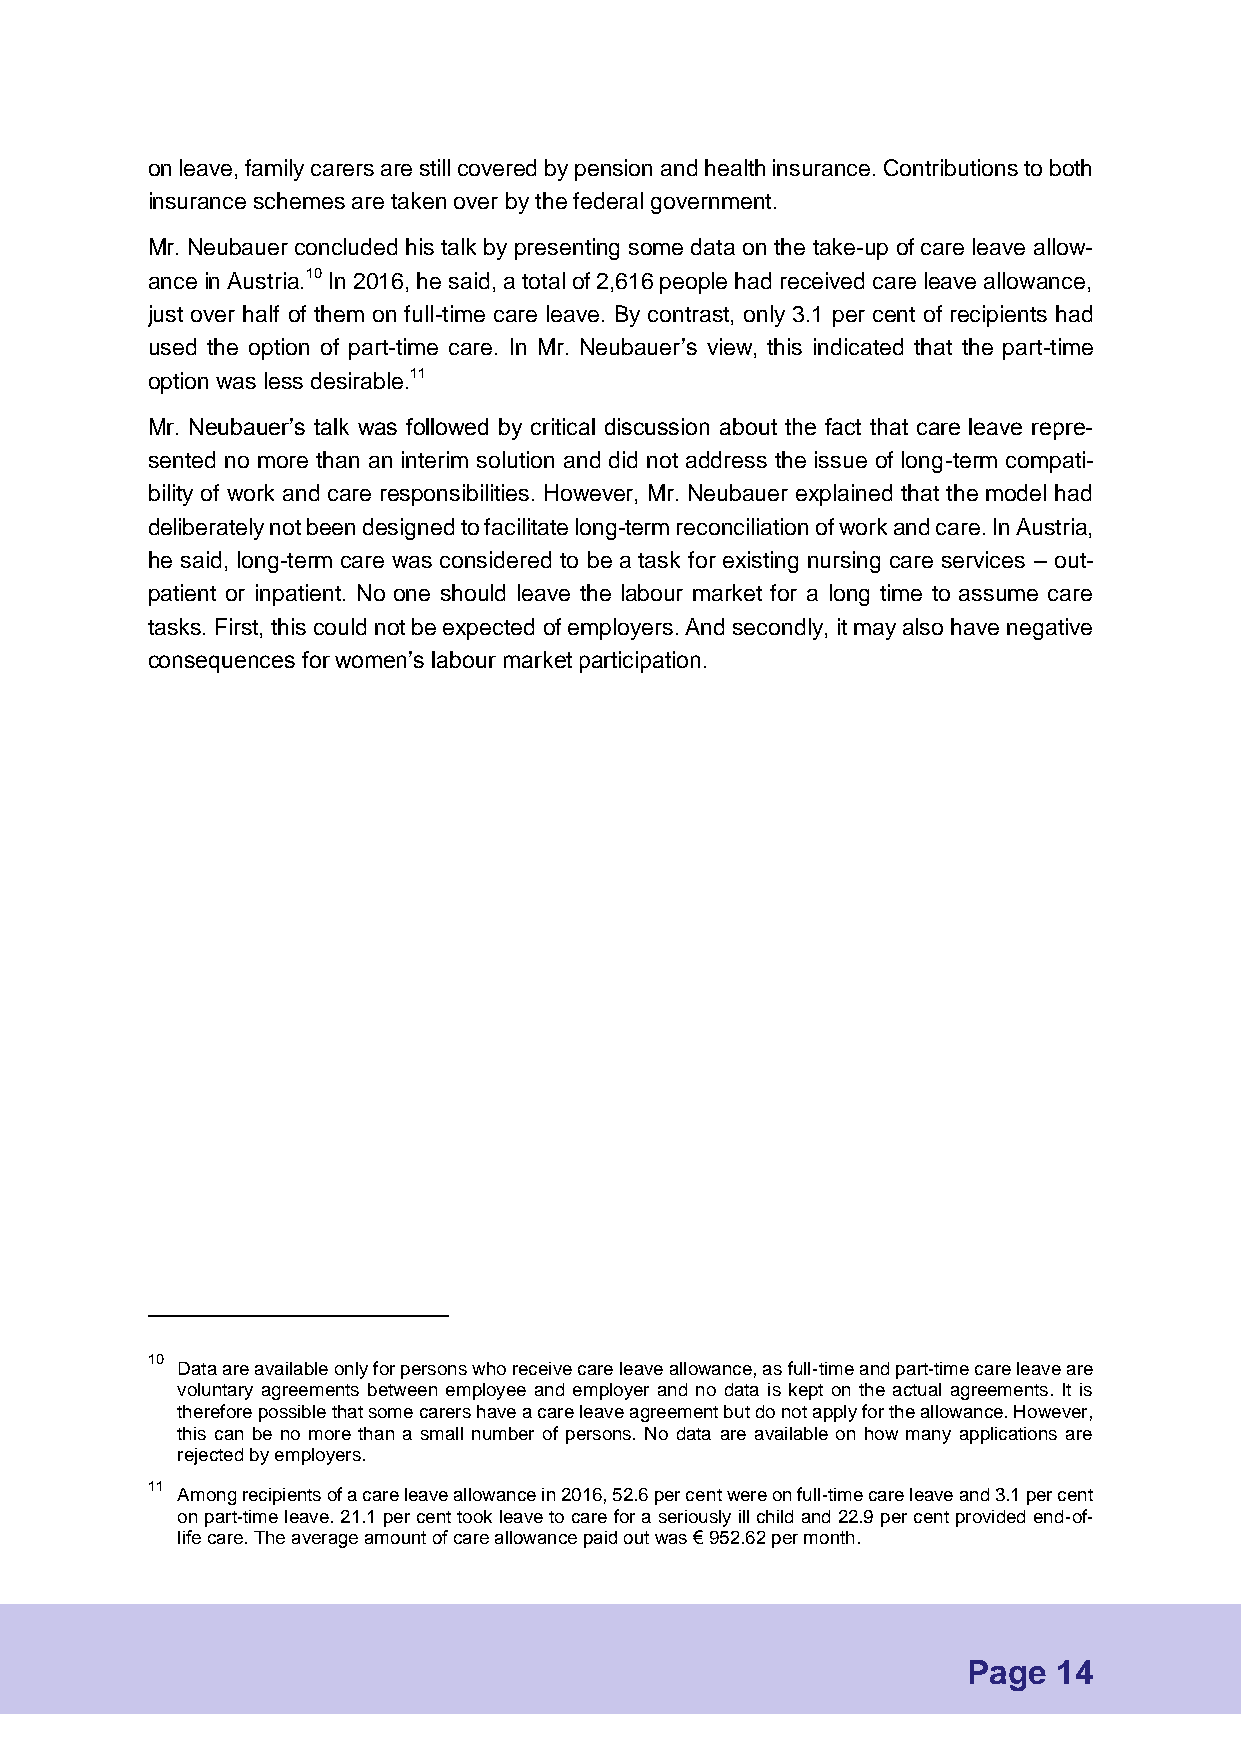
on leave, family carers are still covered by pension and health insurance. Contributions to both
 insurance schemes are taken over by the federal government.
 Mr. Neubauer concluded his talk by presenting some data on the take-up of care leave allow-
 ance in Austria.10 In 2016, he said, a total of 2,616 people had received care leave allowance,
 just over half of them on full-time care leave. By contrast, only 3.1 per cent of recipients had
 used the option of part-time care. In Mr. Neubauer’s view, this indicated that the part-time
 option was less desirable.11
 Mr. Neubauer’s talk was followed by critical discussion about the fact that care leave repre-
 sented no more than an interim solution and did not address the issue of long-term compati-
 bility of work and care responsibilities. However, Mr. Neubauer explained that the model had
 deliberately not been designed to facilitate long-term reconciliation of work and care. In Austria,
 he said, long-term care was considered to be a task for existing nursing care services – out-
 patient or inpatient. No one should leave the labour market for a long time to assume care
 tasks. First, this could not be expected of employers. And secondly, it may also have negative
 consequences for women’s labour market participation.
 10
 Data are available only for persons who receive care leave allowance, as full-time and part-time care leave are
 voluntary agreements between employee and employer and no data is kept on the actual agreements. It is
 therefore possible that some carers have a care leave agreement but do not apply for the allowance. However,
 this can be no more than a small number of persons. No data are available on how many applications are
 rejected by employers.
 11
 Among recipients of a care leave allowance in 2016, 52.6 per cent were on full-time care leave and 3.1 per cent
 on part-time leave. 21.1 per cent took leave to care for a seriously ill child and 22.9 per cent provided end-of-
 life care. The average amount of care allowance paid out was € 952.62 per month.
 Page  14